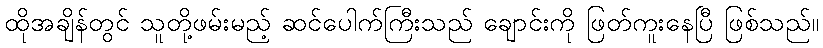
ထိုအချိန်တွင် သူတို့ဖမ်းမည့် ဆင်ပေါက်ကြီးသည် ချောင်းကို ဖြတ်ကူးနေပြီ ဖြစ်သည်။